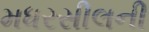
મધરસીલની